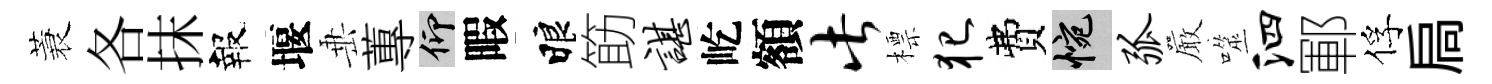
蓑各抹報堰𡸁蓴仰暇睱筯谌屹額此標犯費惋弧巖噬泗鄆俘扃